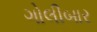
ગોલીબાર